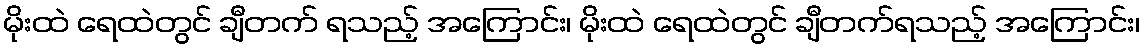
မိုးထဲ ရေထဲတွင် ချီတက် ရသည့် အကြောင်း၊ မိုးထဲ ရေထဲတွင် ချီတက်ရသည့် အကြောင်း၊